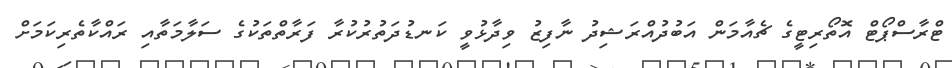
ޓްރާސްޕޯޓް އޮތޯރިޓީގެ ޗެއާމަން އަބުދުއްރަޝިދު ނާފިޒު ވިދާޅުވީ ކަނޑުދަތުރުކުރާ ފަރާތްތަކުގެ ސަލާމަތާއި ރައްކާތެރިކަމަށް